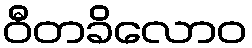
ဝီတခိလောဝ